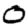
Digit: 0